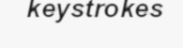
keystrokes